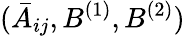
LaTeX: (\bar{A}_{ij},B^{(1)},B^{(2)})